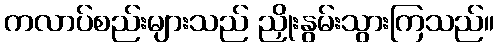
ကလာပ်စည်းများသည် ညှိုးနွမ်းသွားကြသည်။